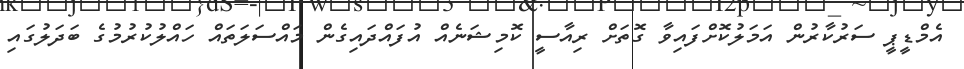
އެމްޑީޕީ ސަރުކާރުން އަމަލުކޮށްފައިވާ ގޮތަށް ރިއާސީ ކޮމިޝަނެއް އުފައްދައިގެން މައްސަލަތައް ހައްލުކުރުމުގެ ބަދަލުގައި